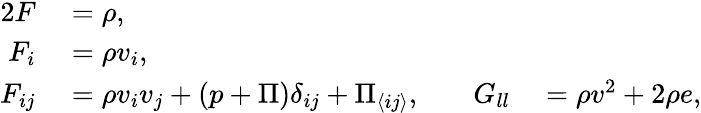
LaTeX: \begin{array}{rlrl}{{2}F}&{{}=\rho,}&{\quad}&{{}\quad}\\ {F_{i}}&{{}=\rho v_{i},}&{\quad}&{{}\quad}\\ {F_{ij}}&{{}=\rho v_{i}v_{j}+(p+\Pi)\delta_{ij}+\Pi_{\langle ij\rangle},}&{\quad G_{ll}}&{{}=\rho v^{2}+2\rho e,}\end{array}